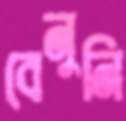
বেনুনি